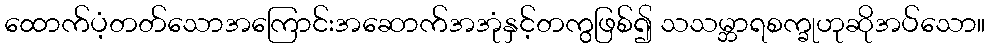
ထောက်ပံ့တတ်သောအကြောင်းအဆောက်အအုံနှင့်တကွဖြစ်၍ သသမ္ဘာရစက္ခုဟုဆိုအပ်သော။